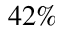
4 2 \%